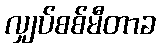
လျှပ်စစ်မီတာခ